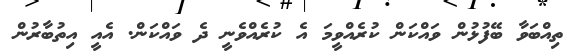
ތިއްބަވާ ބޭފުޅުން ވައްކަން ކުރެއްވީމަ އެ ކުރެއްވެނީ ދެ ވައްކަން. އެއީ އިތުބާރުން